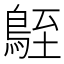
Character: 𪀒